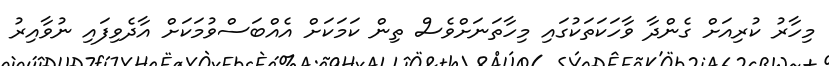
މިހާރު ކުރިއަށް ގެންދާ ވާހަކަތަކުގައި މިހާތަނަށްވެސް ތިން ކަމަކަށް އެއްބަސްވުމަކަށް އާދެވިފައި ނުވާއިރު